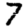
Digit: 7